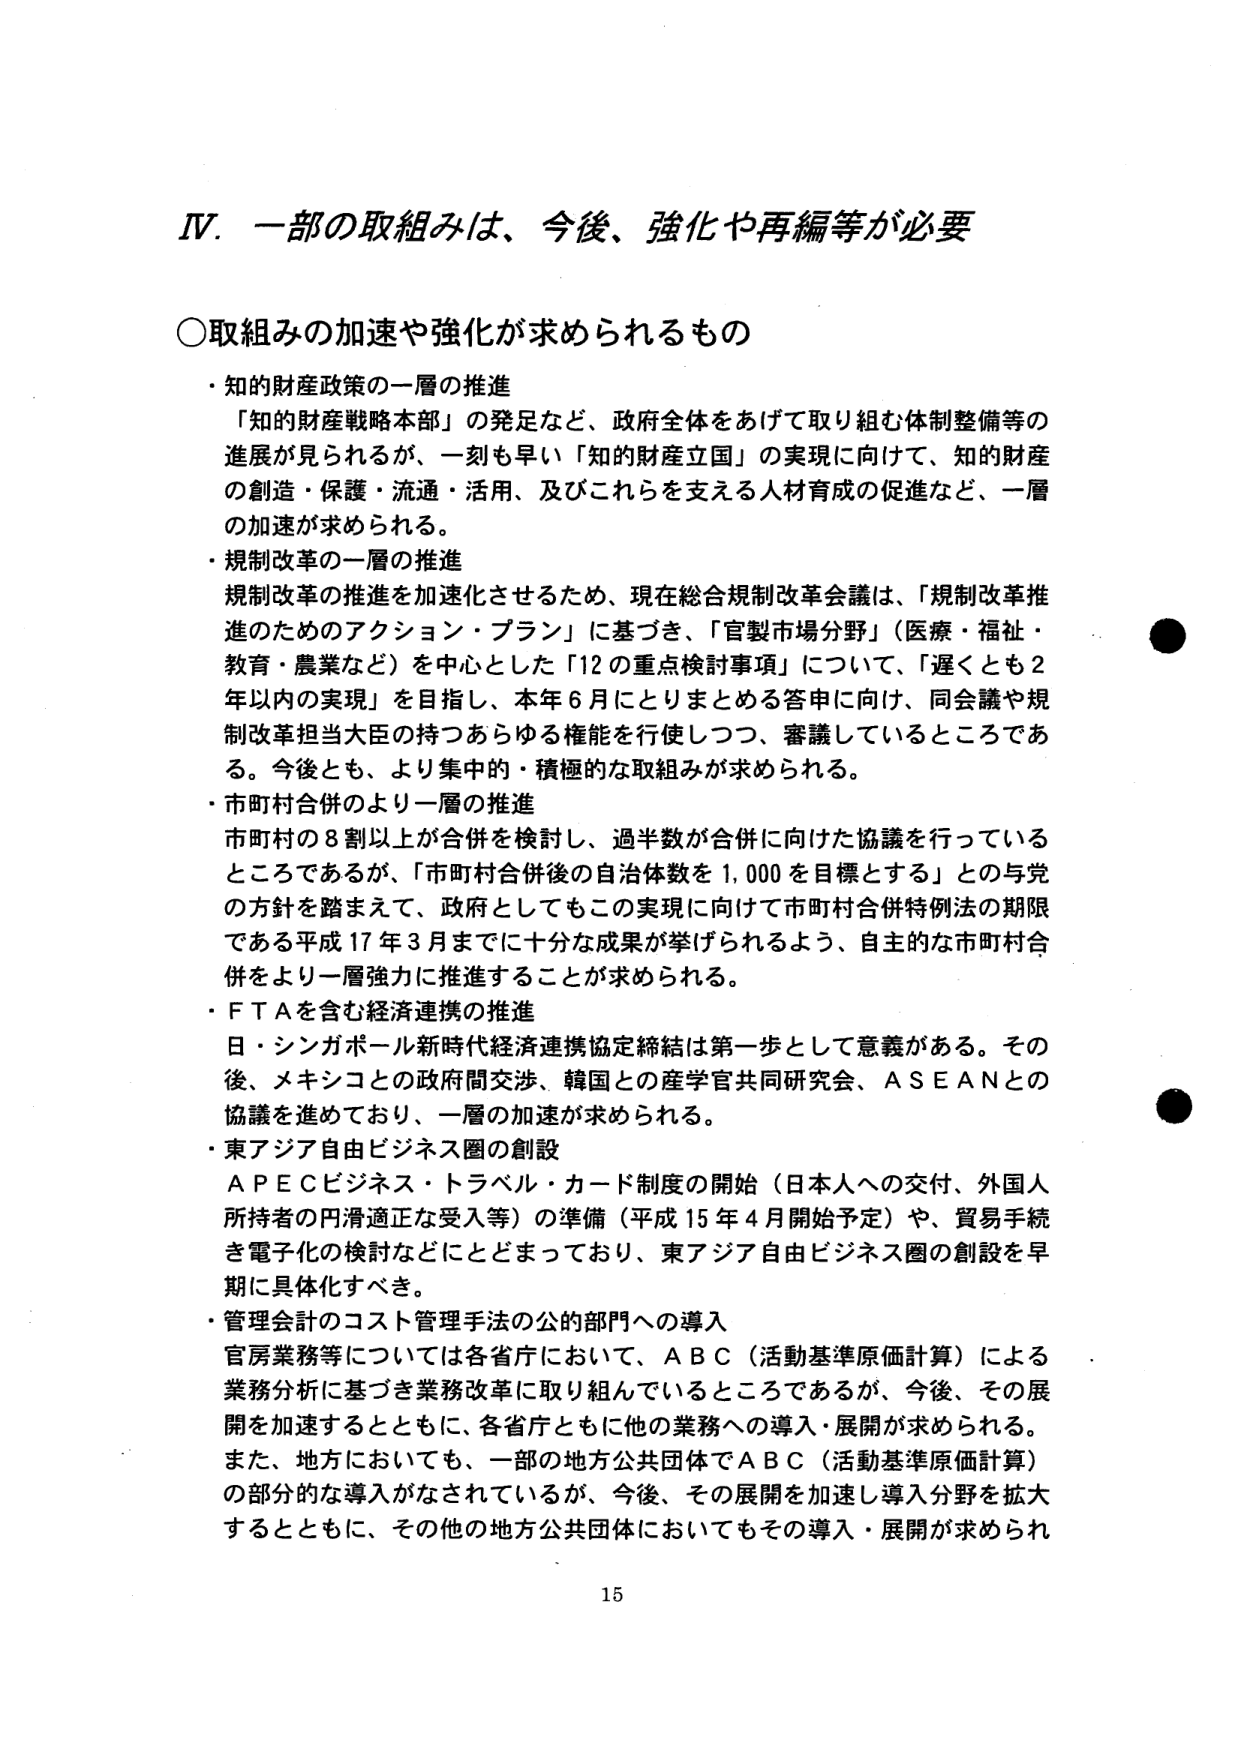
IV. 一部の取組みは、今後、強化や再編等が必要

○取組みの加速や強化が求められるもの

・知的財産政策の一層の推進
「知的財産戦略本部」の発足など、政府全体をあげて取り組む体制整備等の
進展が見られるが、一刻も早い「知的財産立国」の実現に向けて、知的財産
の創造・保護・流通・活用、及びこれらを支える人材育成の促進など、一層
の加速が求められる。

・規制改革の一層の推進
規制改革の推進を加速化させるため、現在総合規制改革会議は、「規制改革推
進のためのアクション・プラン」に基づき、「官製市場分野」（医療・福祉・
教育・農業など）を中心とした「12の重点検討事項」について、「遅くとも2
年以内の実現」を目指し、本年6月にとりまとめる答申に向け、同会議や規
制改革担当大臣の持つあらゆる権能を行使しつつ、審議しているところであ
る。今後とも、より集中的・積極的な取組みが求められる。

・市町村合併のより一層の推進
市町村の8割以上が合併を検討し、過半数が合併に向けた協議を行っている
ところであるが、「市町村合併後の自治体数を1,000を目標とする」との与党
の方針を踏まえて、政府としてもこの実現に向けて市町村合併特例法の期限
である平成17年3月までに十分な成果が挙げられるよう、自主的な市町村合
併をより一層強力に推進することが求められる。

・FTAを含む経済連携の推進
日・シンガポール新時代経済連携協定締結は第一歩として意義がある。その
後、メキシコとの政府間交渉、韓国との産学官共同研究会、ASEANとの
協議を進めており、一層の加速が求められる。

・東アジア自由ビジネス圏の創設
APECビジネス・トラベル・カード制度の開始（日本人への交付、外国人
所持者の円滑適正な受入等）の準備（平成15年4月開始予定）や、貿易手続
き電子化の検討などにとどまっており、東アジア自由ビジネス圏の創設を早
期に具体化すべき。

・管理会計のコスト管理手法の公的部門への導入
官房業務等については各省庁において、ABC（活動基準原価計算）による
業務分析に基づき業務改革に取り組んでいるところであるが、今後、その展
開を加速するとともに、各省庁ともに他の業務への導入・展開が求められる。
また、地方においても、一部の地方公共団体でABC（活動基準原価計算）
の部分的な導入がなされているが、今後、その展開を加速し導入分野を拡大
するとともに、その他の地方公共団体においてもその導入・展開が求められ

15